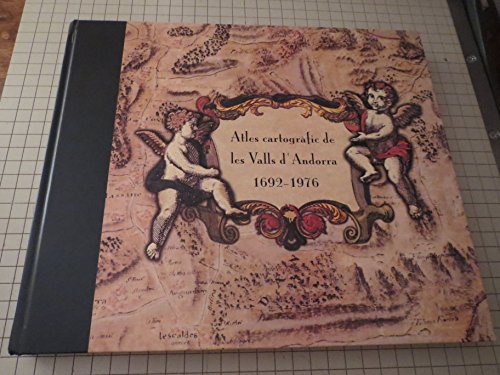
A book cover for Atles cartografic de les valls d'Andorra, 1692-1976 (Catalan Edition); Travel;